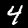
Digit: 4